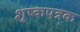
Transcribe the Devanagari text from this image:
शुष्कपत्रक